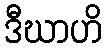
ဒီဃာဟိ